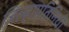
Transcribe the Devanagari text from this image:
जिल्हाप्रतिनिधी